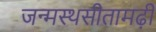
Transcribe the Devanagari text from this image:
जन्मस्थसीतामढ़ी